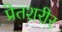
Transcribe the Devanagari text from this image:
प्रेतशरीर